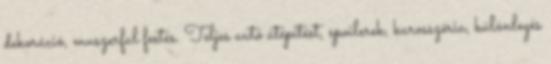
dekoráció, muszerfal festés. Teljes autó átépítést, spoilerek, karosszéria, különleges